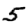
Digit: 5